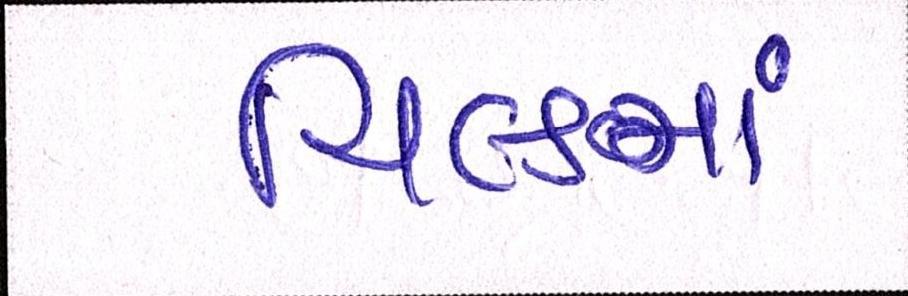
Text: યિલ્ડમાં